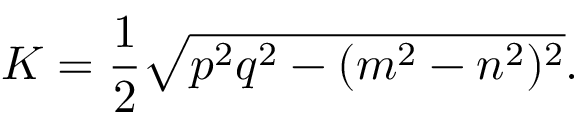
K = { \frac { 1 } { 2 } } { \sqrt { p ^ { 2 } q ^ { 2 } - ( m ^ { 2 } - n ^ { 2 } ) ^ { 2 } } } .